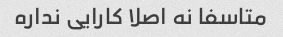
متاسفا نه اصلا کارایی نداره